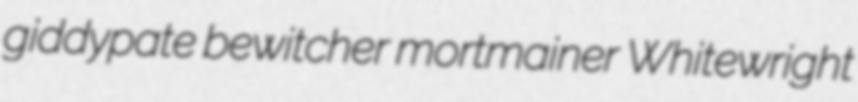
giddypate bewitcher mortmainer Whitewright